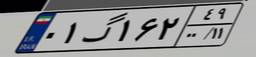
۰۱گ۱۶۲۴۹